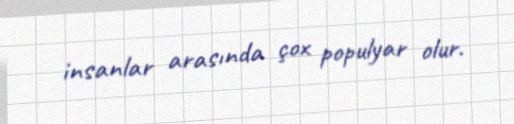
insanlar arasında çox populyar olur.